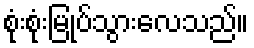
စုံးစုံးမြုပ်သွားလေသည်။